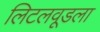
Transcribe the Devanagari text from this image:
लिटलवूडला